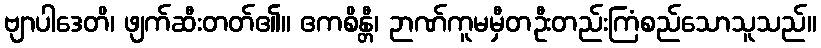
ဗျာပါဒေတိ၊ ဖျက်ဆီးတတ်၏။ ဧကစိန္တီ၊ ဉာဏ်ကူမမှီတဦးတည်းကြံစည်သောသူသည်။